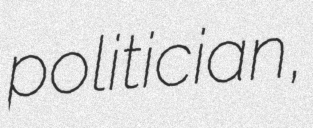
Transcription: politician,